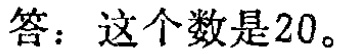
答：这个数是20。